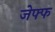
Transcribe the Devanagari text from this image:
जेफ्फ